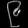
Digit: ၉